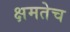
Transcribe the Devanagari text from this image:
क्षमतेच